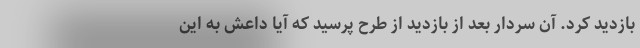
بازدید کرد. آن سردار بعد از بازدید از طرح پرسید که آیا داعش به این